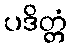
ပဒိတ္တံ